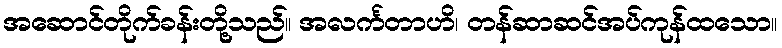
အဆောင်တိုက်ခန်းတို့သည်။ အလင်္ကတာဟိ၊ တန်ဆာဆင်အပ်ကုန်ထသော။